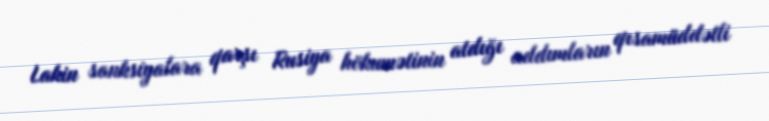
Lakin sanksiyalara qarşı Rusiya hökumətinin atdığı addımların qısamüddətli